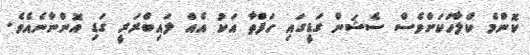
ކޮންމެ ކްލާހަކަށްވެސް ސެޝަން ގަޑީގައި ހަފްތާ އަކު އެއް ލައިބްރަރީ ގަޑި އޮންނާނެއެވެ.